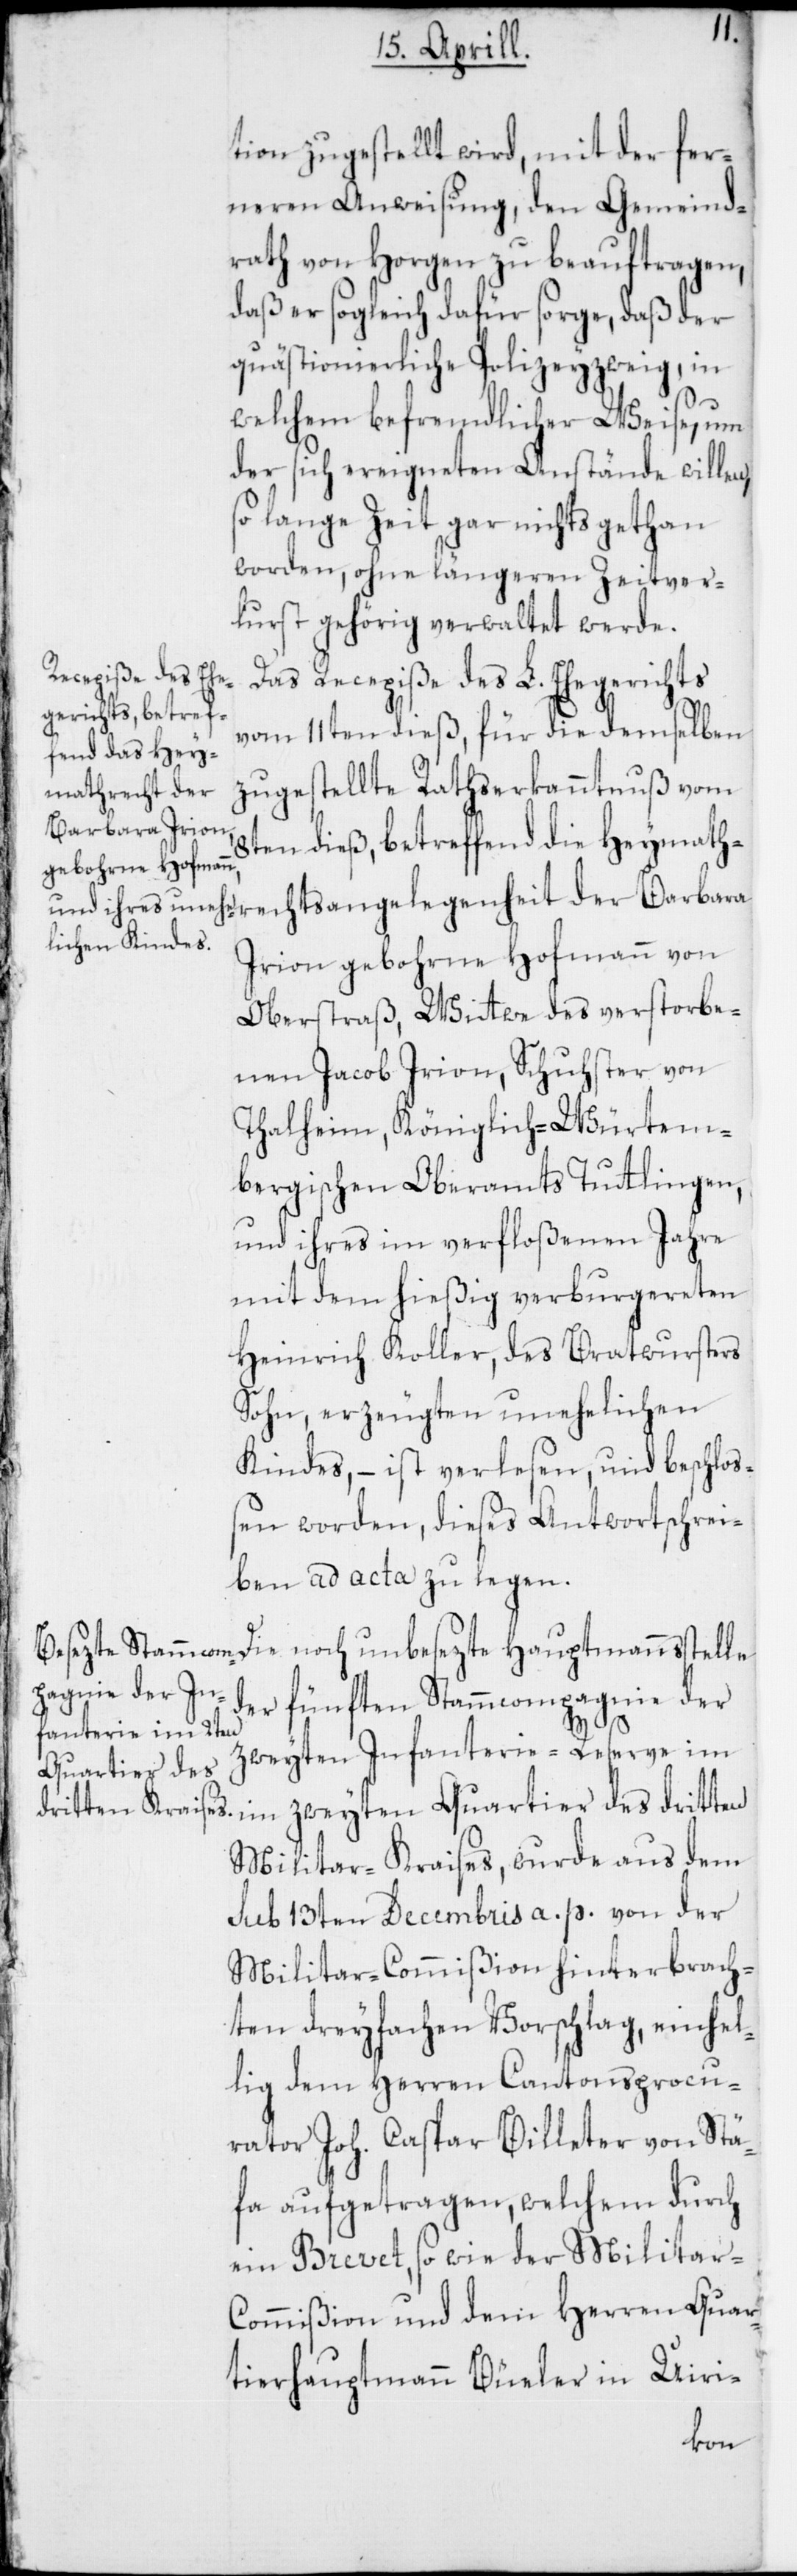
tion zugestellt wird, mit der fer¬
neren Anweisung, den Gemeind¬
rath von Horgen zu beauftragen,
daß er sogleich dafür sorge, daß der
quästionierliche Polizeyzweig, in
echts¬
welchem befremdlicher Weise, um
der sich ereigneten Anstände willen,
so lange Zeit gar nichts gethan
worden, ohne längeren Zeitver¬
lurst gehörig verwaltet werde.
Das Recepiße des L. Ehegerichts
vom 11ten dieß, für die demselben
zugestellte Rathserkanntnuß vom
angelegenheit der
Barbara Irion
8ten dieß, betreffend die Heymathr¬
gebohrne Hofmann,
Oberstraß, Witwe des verstorbe¬
nen Jacob Irion, Schuster von
Thalheim, Königlich-Würtem¬
bergischen Oberamts Tutlingen,
und ihres im verfloßenen Jahre
mit dem hießig verburgereten
Heinrich Koller, des Bratwursters
Sohn, erzeugten unehelichen
Kindes, – ist verlesen und beschloß¬
en worden, dieses Antwortschrei¬
ben ad acta zu legen.
der fünften Stammcompagnie der
zweyten Infanterie-Reserve im
Quartier des
Militar-Kraises, wurde aus dem
sub 13ten Decembris a. p. von der
Militar-Commißion hinterbrach¬
ten dreyfachen Vorschlag, einhel¬
lig dem Herren Cantonsprocu¬
rator Joh. Caspar Billeter von Stä¬
fa aufgetragen, welchem durch
ein Brevet, so wie der Militar-C¬
ommißion und dem Herren Quar¬
tierhauptmann Büeler in Uiri-
von